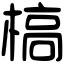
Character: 槁